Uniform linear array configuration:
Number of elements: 64
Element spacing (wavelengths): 0.25
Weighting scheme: hann
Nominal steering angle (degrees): -60
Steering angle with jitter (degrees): -61.502
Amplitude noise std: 0.05
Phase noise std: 0.05

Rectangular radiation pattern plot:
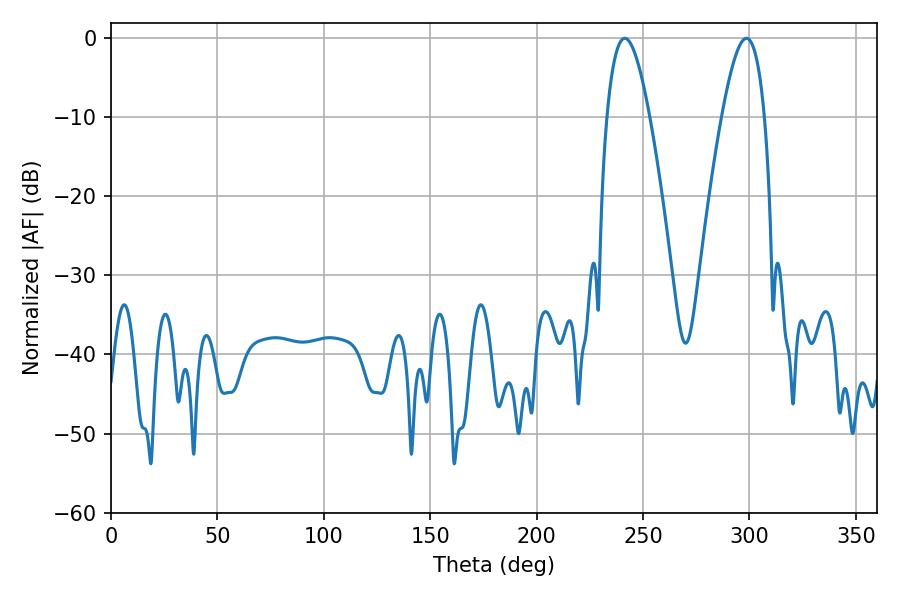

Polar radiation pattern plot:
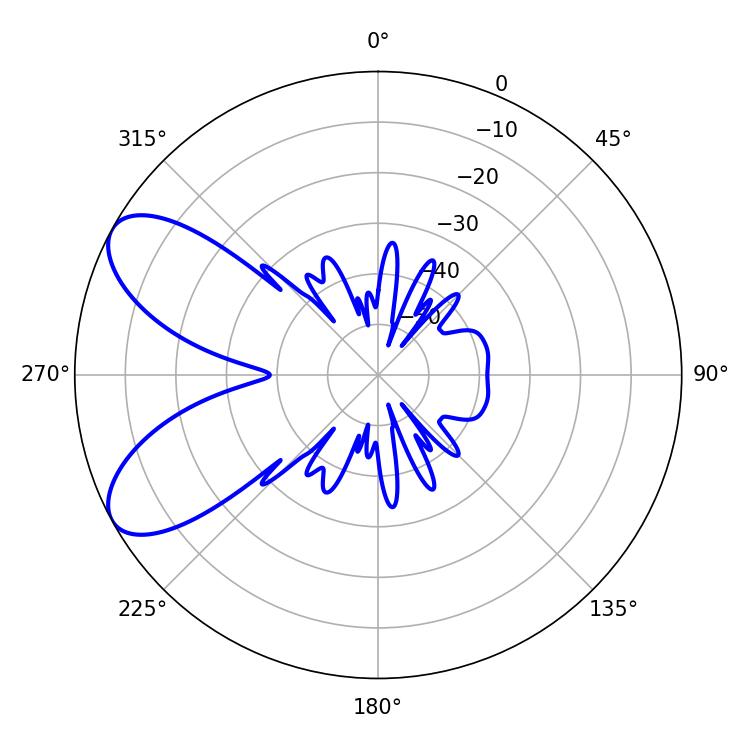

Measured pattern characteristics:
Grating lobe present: FALSE
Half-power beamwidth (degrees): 10.8
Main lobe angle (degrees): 241.38